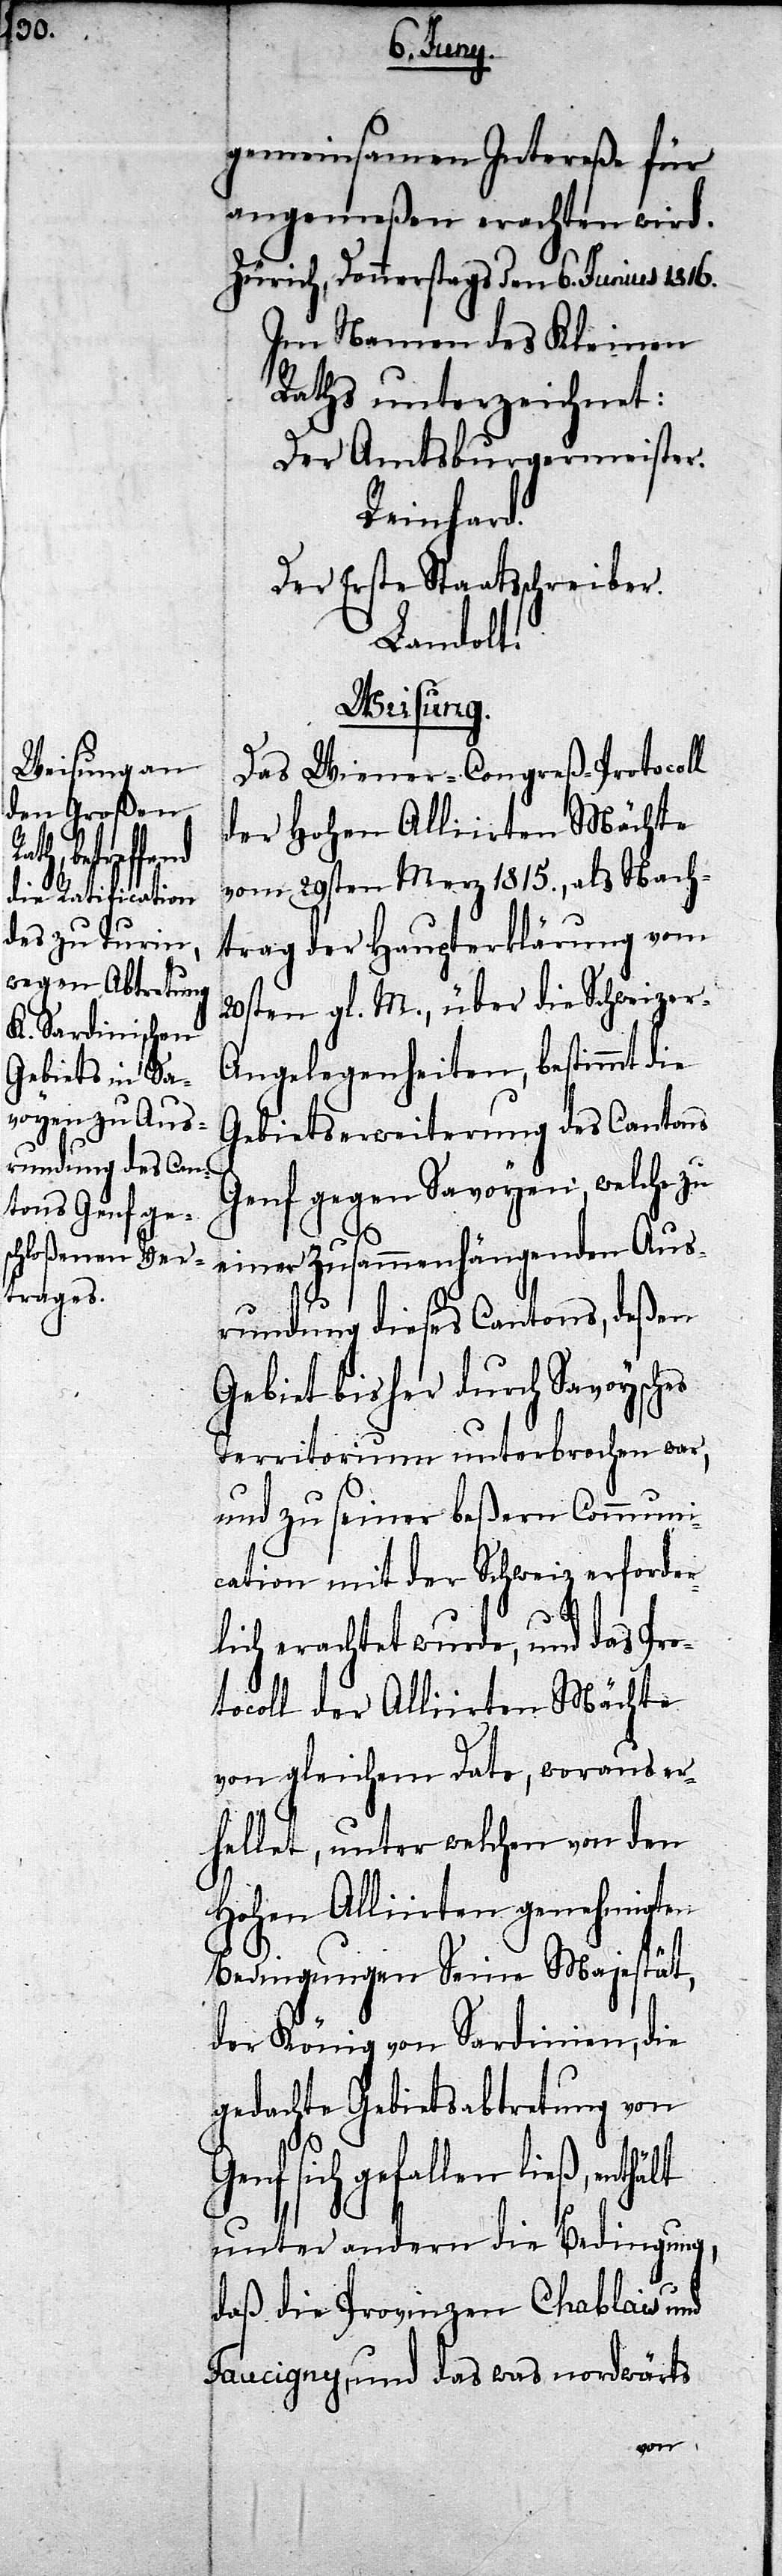
gemeinsamen Intereße für
angemeßen erachten wird.
Zürich, Donnerstags den 6. Junius 1816.
Im Namen des Kleinen
Raths unterzeichnet:
Der Amtsburgermeister.
Reinhard.
Der Erste Staatsschreiber.
Landolt.
Weisung.
Das Wiener-Congreß-Protocoll
der Hohen Alliirten Mächte
vom 29sten Merz 1815., als Nach¬
trag der Haupterklärung vom
20sten gl. M., über die Schweizer-A¬
ngelegenheiten, bestimmt die
Gebietserweiterung des Cantons
Genf gegen Savoyen, welche zu
einer Zusammenhängenden Aus¬
rundung dieses Cantons, deßen
Gebiet bisher durch Savoysches
Territorium unterbrochen war,
und zu seiner beßern Communi¬
cation mit der Schweiz erforder¬
lich erachtet wurde, und das Pro¬
tocoll der Alliirten Mächte
von gleichem Dato, woraus er¬
hellet, unter welchen von den
Hohen Alliirten genehmigte
Bedingungen Seine Majestät,
der König von Sardinien, die
gedachte Gebietsabtretung von
Genf sich gefallen ließ, enthält
unter andern die Bedingung,
daß die Provinzen Chablais und
Faucigny, und das was nordwärts